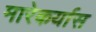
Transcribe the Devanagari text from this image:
मारेकर्यास